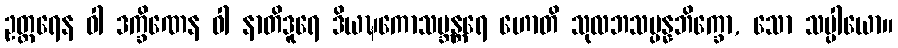
ဥတ္တရေန ဝါ ဒက္ခိဏေန ဝါ နာတိဒူရေ ဒိယဍ္ဎကောသဗ္ဘန္တရေ ဟောတိ သုလဘသမ္ပန္နဘိက္ခော, သော သပ္ပါယော။